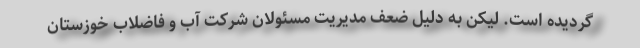
گردیده است. لیکن به دلیل ضعف مدیریت مسئولان شرکت آب و فاضلاب خوزستان